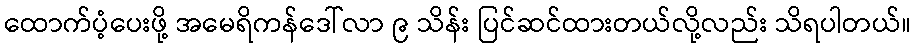
ထောက်ပံ့ပေးဖို့ အမေရိကန်ဒေါ်လာ ၉ သိန်း ပြင်ဆင်ထားတယ်လို့လည်း သိရပါတယ်။